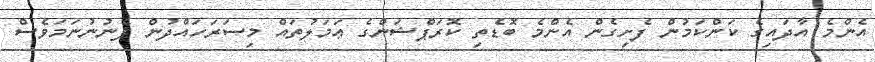
އެންމެ އާދައިގެ ކަންކަމުން ފެށިގެން އެންމެ ބޮޑެތި ކޮރަޕްޝަންގެ ޢަމަލުތައް މިސަރަހައްދުން ފެނުނުނަމަވެސް